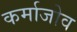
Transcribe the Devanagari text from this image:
कर्माजोव